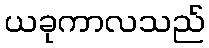
ယခုကာလသည်